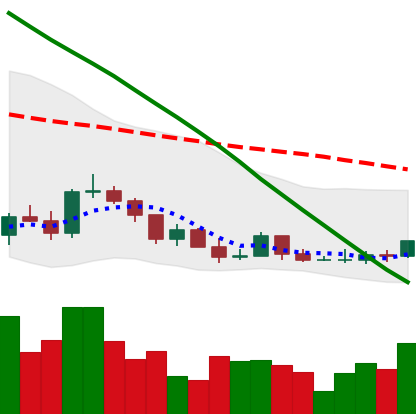
Ticker: ADA-USD
Chart end date: 2022-03-16
Forward return: 9.352%
Label: up_7plus